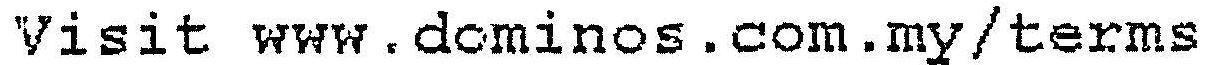
VISIT WWW.DOMINOS.COM.MY/TERMS